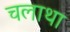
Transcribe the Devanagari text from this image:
चलाथा